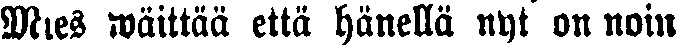
Mies wäittää että hänellä nyt on noin